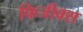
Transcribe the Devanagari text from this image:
फिजीक्स